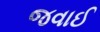
જવાઈ